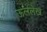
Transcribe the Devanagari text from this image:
ऊललेख